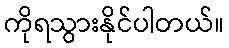
ကိုရသွားနိုင်ပါတယ်။